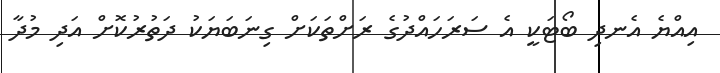
އިއްޔެ އެނދި ބޯޓަކީ އެ ސަރަހައްދުގެ ރަށްތަކަށް ގިނަބަޔަކު ދަތުރުކޮށް އަދި މުދާ